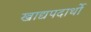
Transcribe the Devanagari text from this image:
खाद्यपदार्थो